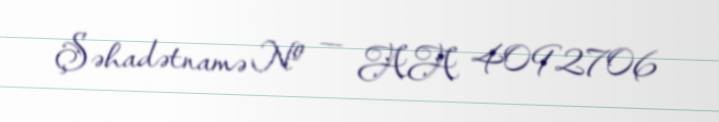
Şəhadətnamə № — AA 4092706